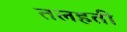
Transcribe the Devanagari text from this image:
तलहती